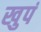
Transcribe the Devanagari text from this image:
खुपं